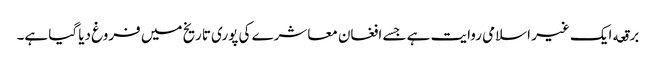
برقعه ایک غیر اسلامی روایت ہے جسے افغان معاشرے کی پوری تاریخ میں فروغ دیا گیا ہے۔